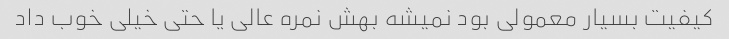
کیفیت بسیار معمولی بود نمیشه بهش نمره عالی یا حتی خیلی خوب داد